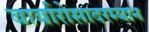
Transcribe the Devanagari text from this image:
बार्बारोसादरम्यान